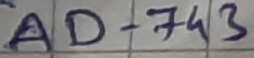
Text: AD-743